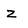
Character: z